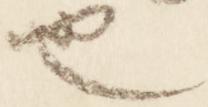
也